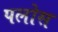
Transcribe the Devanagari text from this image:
पलोस